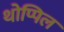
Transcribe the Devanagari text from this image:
थोप्पिल